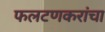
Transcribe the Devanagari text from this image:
फलटणकरांचा